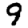
Digit: 9